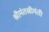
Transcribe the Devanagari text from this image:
श्रीमंतश्रीमंती